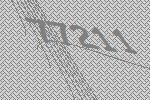
77211